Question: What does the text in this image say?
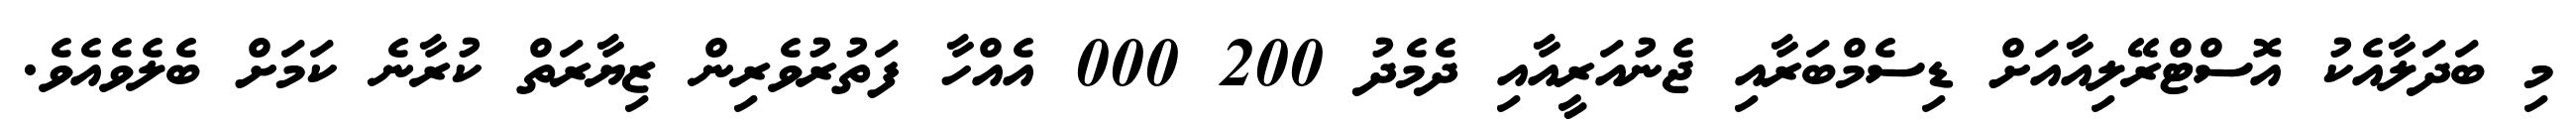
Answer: މި ބަދަލާއެކު އޮސްޓްރޭލިއާއަށް ޑިސެމްބަރާއި ޖެނުއަރީއާއި ދެމެދު 200 000 އެއްހާ ފަތުރުވެރިން ޒިޔާރަތް ކުރާނެ ކަމަށް ބެލެވެއެވެ.